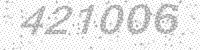
Solution: 421006